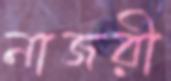
নাজরী